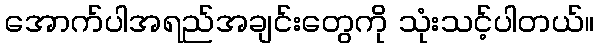
အောက်ပါအရည်အချင်းတွေကို သုံးသင့်ပါတယ်။